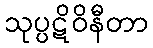
သုပ္ပဋိဝိနီတာ